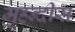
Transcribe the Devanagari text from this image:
मुहन्दीस